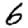
Digit: 6